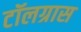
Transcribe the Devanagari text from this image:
टॉलग्रास